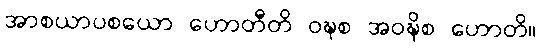
အာစယာပစယော ဟောတီတိ ဝဍ္ဎစ အဝဍ္ဎိစ ဟောတိ။